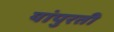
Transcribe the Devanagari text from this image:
यांपुरती